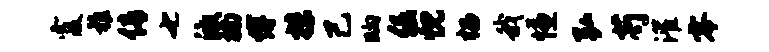
霞稚倩七激楠缚抹己晌倔忱榴我慊弘芍灌零